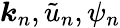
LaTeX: \boldsymbol{k}_{n},\tilde{u}_{n},\psi_{n}